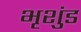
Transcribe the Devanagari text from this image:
भृशुंड